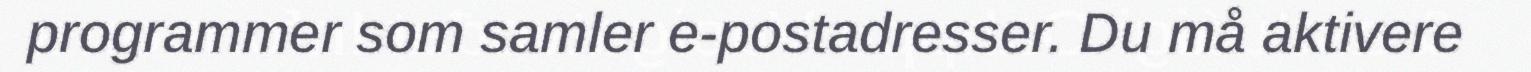
programmer som samler e-postadresser. Du må aktivere